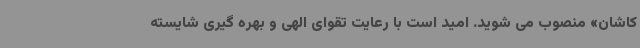
کاشان» منصوب می شوید. امید است با رعایت تقوای الهی و بهره گیری شایسته